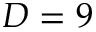
D = 9